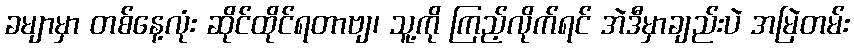
ခမျာမှာ တစ်နေ့လုံး ဆိုင်ထိုင်ရတာဗျ၊ သူ့ကို ကြည့်လိုက်ရင် အဲဒီမှာချည်းပဲ အမြဲတမ်း